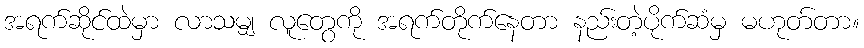
အရက်ဆိုင်ထဲမှာ လာသမျှ လူတွေကို အရက်တိုက်နေတာ နည်းတဲ့ပိုက်ဆံမှ မဟုတ်တာ။